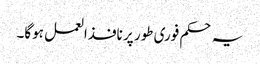
یہ حکم فوری طور پر نافذالعمل ہوگا۔